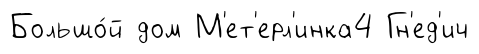
Большо́й дом М'ет'ерл'инка4 Гн'ед'ич